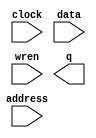
// megafunction wizard: %RAM: 1-PORT%VBB%
// GENERATION: STANDARD
// VERSION: WM1.0
// MODULE: altsyncram 

// ============================================================
// Megafunction Name(s):
// 			altsyncram
//
// Simulation Library Files(s):
// 			altera_mf
// ============================================================
// ************************************************************
// THIS IS A WIZARD-GENERATED FILE. DO NOT EDIT THIS FILE!
//
// 18.1.0 Build 625 09/12/2018 SJ Lite Edition
// ************************************************************

//Copyright (C) 2018  Intel Corporation. All rights reserved.
//Your use of Intel Corporation's design tools, logic functions 
//and other software and tools, and its AMPP partner logic 
//functions, and any output files from any of the foregoing 
//(including device programming or simulation files), and any 
//associated documentation or information are expressly subject 
//to the terms and conditions of the Intel Program License 
//Subscription Agreement, the Intel Quartus Prime License Agreement,
//the Intel FPGA IP License Agreement, or other applicable license
//agreement, including, without limitation, that your use is for
//the sole purpose of programming logic devices manufactured by
//Intel and sold by Intel or its authorized distributors.  Please
//refer to the applicable agreement for further details.

module pt_mem (
	address,
	clock,
	data,
	wren,
	q);

	input	[7:0]  address;
	input	  clock;
	input	[7:0]  data;
	input	  wren;
	output	[7:0]  q;
`ifndef ALTERA_RESERVED_QIS
// synopsys translate_off
`endif
	tri1	  clock;
`ifndef ALTERA_RESERVED_QIS
// synopsys translate_on
`endif

endmodule

// ============================================================
// CNX file retrieval info
// ============================================================
// Retrieval info: PRIVATE: ADDRESSSTALL_A NUMERIC "0"
// Retrieval info: PRIVATE: AclrAddr NUMERIC "0"
// Retrieval info: PRIVATE: AclrByte NUMERIC "0"
// Retrieval info: PRIVATE: AclrData NUMERIC "0"
// Retrieval info: PRIVATE: AclrOutput NUMERIC "0"
// Retrieval info: PRIVATE: BYTE_ENABLE NUMERIC "0"
// Retrieval info: PRIVATE: BYTE_SIZE NUMERIC "8"
// Retrieval info: PRIVATE: BlankMemory NUMERIC "1"
// Retrieval info: PRIVATE: CLOCK_ENABLE_INPUT_A NUMERIC "0"
// Retrieval info: PRIVATE: CLOCK_ENABLE_OUTPUT_A NUMERIC "0"
// Retrieval info: PRIVATE: Clken NUMERIC "0"
// Retrieval info: PRIVATE: DataBusSeparated NUMERIC "1"
// Retrieval info: PRIVATE: IMPLEMENT_IN_LES NUMERIC "0"
// Retrieval info: PRIVATE: INIT_FILE_LAYOUT STRING "PORT_A"
// Retrieval info: PRIVATE: INIT_TO_SIM_X NUMERIC "0"
// Retrieval info: PRIVATE: INTENDED_DEVICE_FAMILY STRING "Cyclone V"
// Retrieval info: PRIVATE: JTAG_ENABLED NUMERIC "1"
// Retrieval info: PRIVATE: JTAG_ID STRING "PT"
// Retrieval info: PRIVATE: MAXIMUM_DEPTH NUMERIC "0"
// Retrieval info: PRIVATE: MIFfilename STRING ""
// Retrieval info: PRIVATE: NUMWORDS_A NUMERIC "256"
// Retrieval info: PRIVATE: RAM_BLOCK_TYPE NUMERIC "2"
// Retrieval info: PRIVATE: READ_DURING_WRITE_MODE_PORT_A NUMERIC "3"
// Retrieval info: PRIVATE: RegAddr NUMERIC "1"
// Retrieval info: PRIVATE: RegData NUMERIC "1"
// Retrieval info: PRIVATE: RegOutput NUMERIC "0"
// Retrieval info: PRIVATE: SYNTH_WRAPPER_GEN_POSTFIX STRING "0"
// Retrieval info: PRIVATE: SingleClock NUMERIC "1"
// Retrieval info: PRIVATE: UseDQRAM NUMERIC "1"
// Retrieval info: PRIVATE: WRCONTROL_ACLR_A NUMERIC "0"
// Retrieval info: PRIVATE: WidthAddr NUMERIC "8"
// Retrieval info: PRIVATE: WidthData NUMERIC "8"
// Retrieval info: PRIVATE: rden NUMERIC "0"
// Retrieval info: LIBRARY: altera_mf altera_mf.altera_mf_components.all
// Retrieval info: CONSTANT: CLOCK_ENABLE_INPUT_A STRING "BYPASS"
// Retrieval info: CONSTANT: CLOCK_ENABLE_OUTPUT_A STRING "BYPASS"
// Retrieval info: CONSTANT: INTENDED_DEVICE_FAMILY STRING "Cyclone V"
// Retrieval info: CONSTANT: LPM_HINT STRING "ENABLE_RUNTIME_MOD=YES,INSTANCE_NAME=PT"
// Retrieval info: CONSTANT: LPM_TYPE STRING "altsyncram"
// Retrieval info: CONSTANT: NUMWORDS_A NUMERIC "256"
// Retrieval info: CONSTANT: OPERATION_MODE STRING "SINGLE_PORT"
// Retrieval info: CONSTANT: OUTDATA_ACLR_A STRING "NONE"
// Retrieval info: CONSTANT: OUTDATA_REG_A STRING "UNREGISTERED"
// Retrieval info: CONSTANT: POWER_UP_UNINITIALIZED STRING "FALSE"
// Retrieval info: CONSTANT: RAM_BLOCK_TYPE STRING "M10K"
// Retrieval info: CONSTANT: READ_DURING_WRITE_MODE_PORT_A STRING "NEW_DATA_NO_NBE_READ"
// Retrieval info: CONSTANT: WIDTHAD_A NUMERIC "8"
// Retrieval info: CONSTANT: WIDTH_A NUMERIC "8"
// Retrieval info: CONSTANT: WIDTH_BYTEENA_A NUMERIC "1"
// Retrieval info: USED_PORT: address 0 0 8 0 INPUT NODEFVAL "address[7..0]"
// Retrieval info: USED_PORT: clock 0 0 0 0 INPUT VCC "clock"
// Retrieval info: USED_PORT: data 0 0 8 0 INPUT NODEFVAL "data[7..0]"
// Retrieval info: USED_PORT: q 0 0 8 0 OUTPUT NODEFVAL "q[7..0]"
// Retrieval info: USED_PORT: wren 0 0 0 0 INPUT NODEFVAL "wren"
// Retrieval info: CONNECT: @address_a 0 0 8 0 address 0 0 8 0
// Retrieval info: CONNECT: @clock0 0 0 0 0 clock 0 0 0 0
// Retrieval info: CONNECT: @data_a 0 0 8 0 data 0 0 8 0
// Retrieval info: CONNECT: @wren_a 0 0 0 0 wren 0 0 0 0
// Retrieval info: CONNECT: q 0 0 8 0 @q_a 0 0 8 0
// Retrieval info: GEN_FILE: TYPE_NORMAL pt_mem.v TRUE
// Retrieval info: GEN_FILE: TYPE_NORMAL pt_mem.inc FALSE
// Retrieval info: GEN_FILE: TYPE_NORMAL pt_mem.cmp FALSE
// Retrieval info: GEN_FILE: TYPE_NORMAL pt_mem.bsf FALSE
// Retrieval info: GEN_FILE: TYPE_NORMAL pt_mem_inst.v FALSE
// Retrieval info: GEN_FILE: TYPE_NORMAL pt_mem_bb.v TRUE
// Retrieval info: LIB_FILE: altera_mf